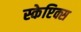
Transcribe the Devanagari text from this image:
स्केप्टिक्स